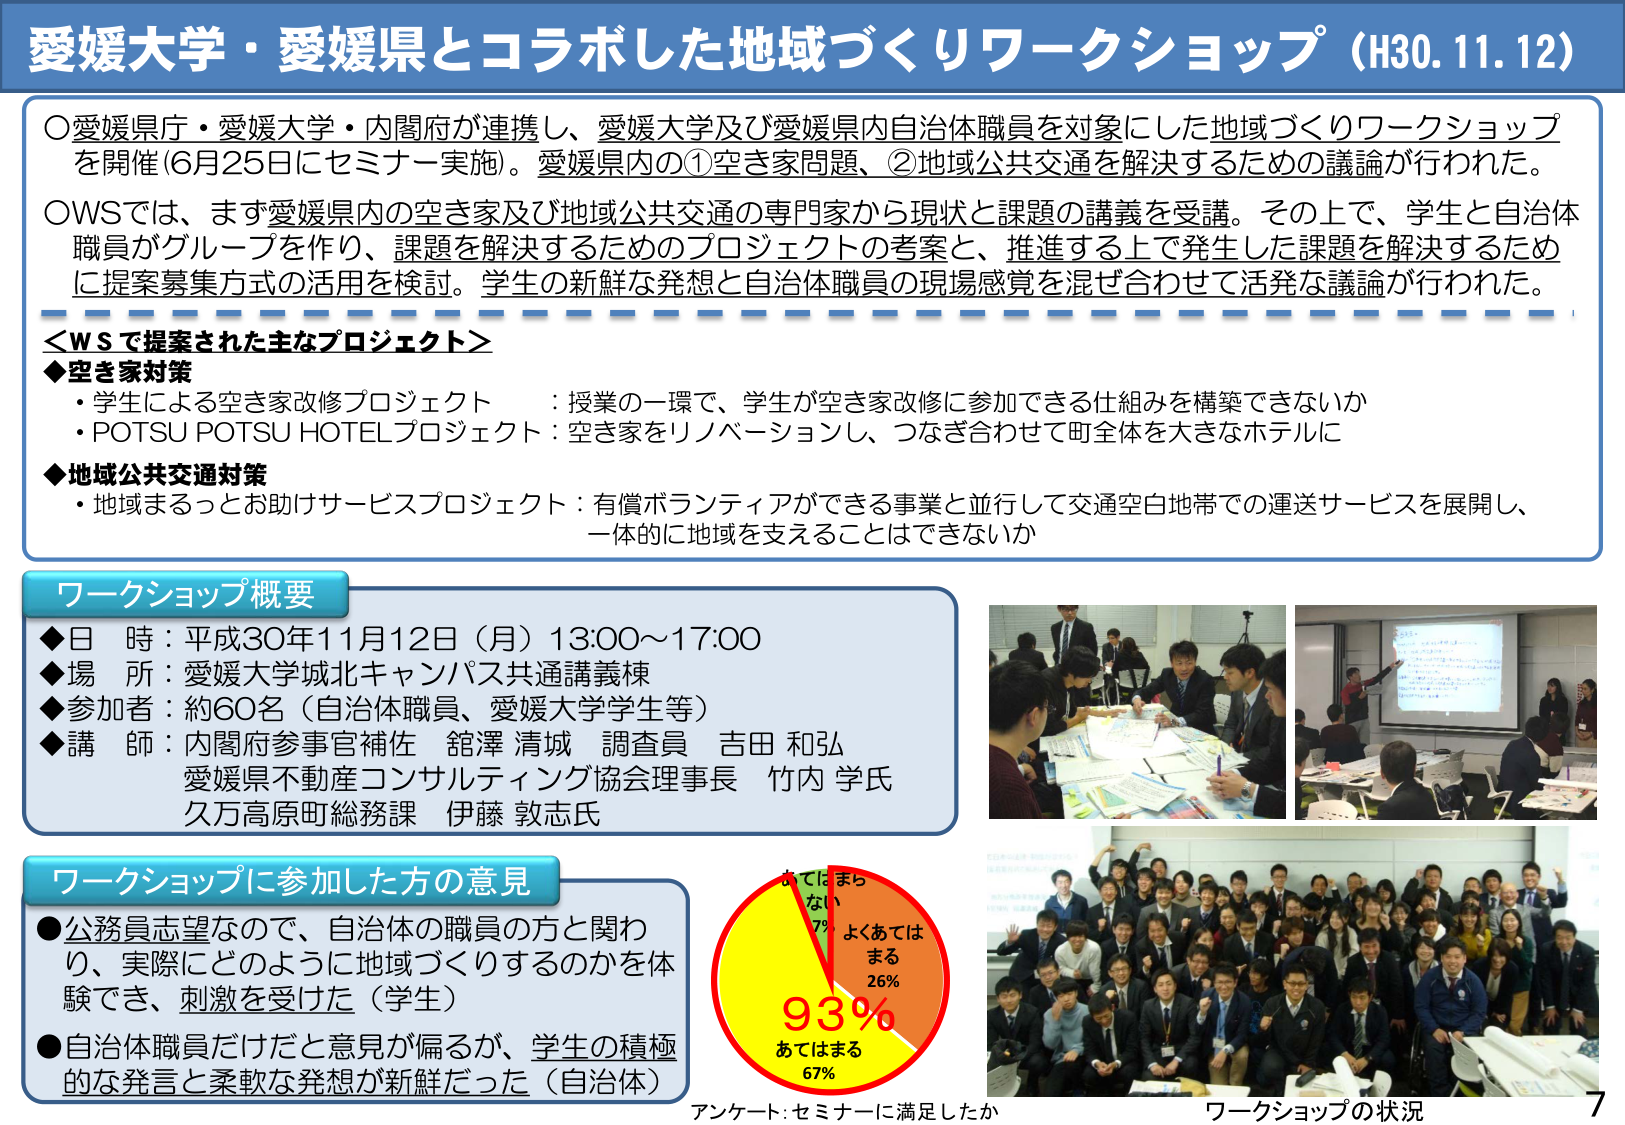
愛媛大学・愛媛県とコラボした地域づくりワークショップ（H30.11.12）

○愛媛県庁・愛媛大学・内閣府が連携し、愛媛大学及び愛媛県内自治体職員を対象にした地域づくりワークショップを開催（6月25日にセミナー実施）。愛媛県内の①空き家問題、②地域公共交通を解決するための議論が行われた。

○WSでは、まず愛媛県内の空き家及び地域公共交通の専門家から現状と課題の講義を受講。その上で、学生と自治体職員がグループを作り、課題を解決するためのプロジェクトの考案と、推進する上で発生した課題を解決するために提案募集方式の活用を検討。学生の新鮮な発想と自治体職員の現場感覚を混ぜ合わせて活発な議論が行われた。

＜WSで提案された主なプロジェクト＞
◆空き家対策
・学生による空き家改修プロジェクト ：授業の一環で、学生が空き家改修に参加できる仕組みを構築できないか
・POTSU POTSU HOTELプロジェクト：空き家をリノベーションし、つなぎ合わせて町全体を大きなホテルに

◆地域公共交通対策
・地域まるっとお助けサービスプロジェクト：有償ボランティアができる事業と並行して交通空白地帯での運送サービスを展開し、一体的に地域を支えることはできないか

ワークショップ概要
◆日 時：平成30年11月12日（月）13:00～17:00
◆場 所：愛媛大学城北キャンパス共通講義棟
◆参加者：約60名（自治体職員、愛媛大学学生等）
◆講 師：内閣府参事官補佐 舘澤 清城 調査員 吉田 和弘
　　　　愛媛県不動産コンサルティング協会理事長 竹内 学氏
　　　　久万高原町総務課 伊藤 敦志氏

ワークショップに参加した方の意見
●公務員志望なので、自治体の職員の方と関わり、実際にどのように地域づくりするのかを体験でき、刺激を受けた（学生）
●自治体職員だけだと意見が偏るが、学生の積極的な発言と柔軟な発想が新鮮だった（自治体）

アンケート：セミナーに満足したか
おてはまらない 7%
よくおてはまる 26%
おてはまる 67%
93%

ワークショップの状況
7